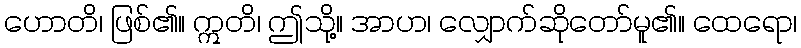
ဟောတိ၊ ဖြစ်၏။ ဣတိ၊ ဤသို့။ အာဟ၊ လျှောက်ဆိုတော်မူ၏။ ထေရော၊